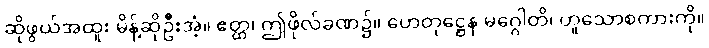
ဆိုဖွယ်အထူး မိန့်ဆိုဦးအံ့။ ဧတ္ထ၊ ဤဖိုလ်ခဏ၌။ ဟေတုဋ္ဌေန မဂ္ဂေါတိ၊ ဟူသောစကားကို။